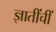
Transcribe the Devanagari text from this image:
ज्ञातींचीं